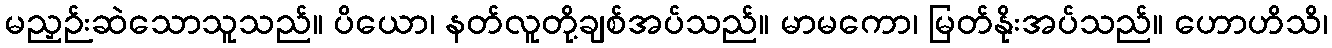
မညှဉ်းဆဲသောသူသည်။ ပိယော၊ နတ်လူတို့ချစ်အပ်သည်။ မာမကော၊ မြတ်နိုးအပ်သည်။ ဟောဟိသိ၊